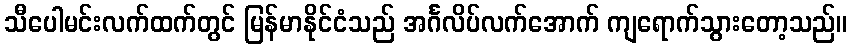
သီပေါမင်းလက်ထက်တွင် မြန်မာနိုင်ငံသည် အင်္ဂလိပ်လက်အောက် ကျရောက်သွားတော့သည်။